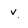
Character: v